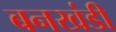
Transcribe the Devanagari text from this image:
बनखंडी